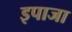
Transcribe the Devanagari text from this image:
इपाजा